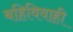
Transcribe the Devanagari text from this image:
बहिविवाही